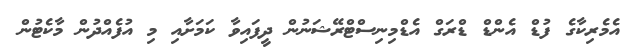
އެމެރިކާގެ ފުޑް އެންޑް ޑްރަގް އެޑްމިނިސްޓްރޭޝަނުން ދީފައިވާ ކަމަށާއި މި އުފެއްދުން މާކެޓުން